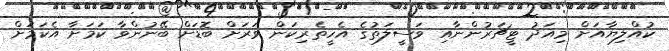
ކުއްލިޔާއަށް މިއަދު ޓީޗަރުންނާއި ވަސީލަތުގެ އެހީތެރިކަން ވަރަށް ބޮޑަށް ބޭނުންވާ ކަމަށާ އެކަމަށް